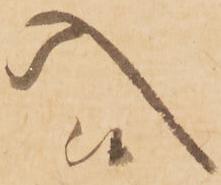
入